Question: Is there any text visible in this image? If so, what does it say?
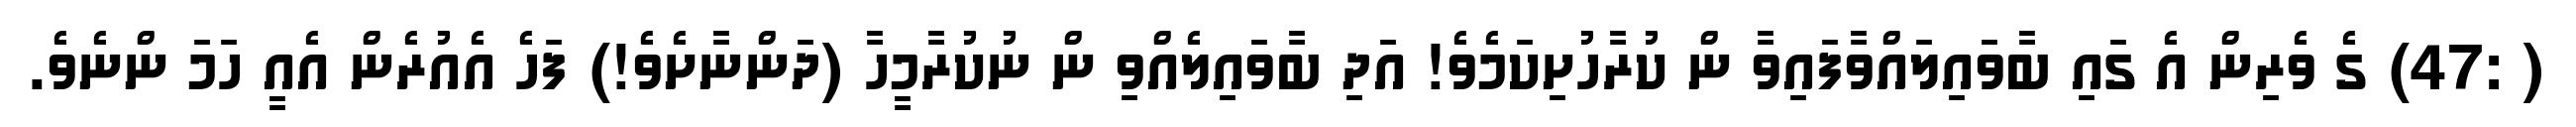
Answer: ( :47) ގެ ވެރިން އެ ގައި ބާވައިލައްވާފައިވާ ން ކުރާހުށިކަމެވެ! އަދި ބާވައިލެއްވި ން ނުކުރާމީހާ (ދަންނާށެވެ!) ފަހެ އެއުރެން އެއީ ހަމަ ންނެވެ.